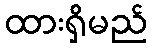
ထားရှိမည်